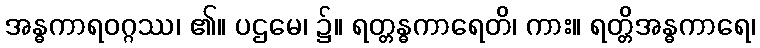
အန္ဓကာရဝဂ္ဂဿ၊ ၏။ ပဌမေ၊ ၌။ ရတ္တန္ဓကာရေတိ၊ ကား။ ရတ္တိအန္ဓကာရေ၊